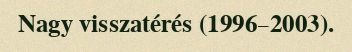
Nagy visszatérés (1996–2003).